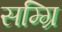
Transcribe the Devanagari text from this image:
सम्ग्रि